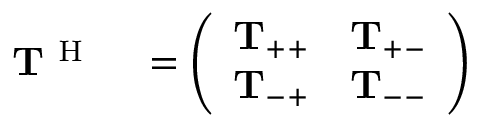
\begin{array} { r l } { \mathbf { T } ^ { \mathrm { ~ H ~ } } } & { { } = \left( \begin{array} { l l } { \mathbf { T } _ { + + } } & { \mathbf { T } _ { + - } } \\ { \mathbf { T } _ { - + } } & { \mathbf { T } _ { -- } } \end{array} \right) } \end{array}